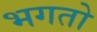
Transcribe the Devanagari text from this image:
भगतो